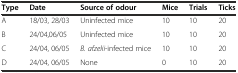
<table><thead><tr><td><b>Type</b></td><td><b>Date</b></td><td><b>Source of odour</b></td><td><b>Mice</b></td><td><b>Trials</b></td><td><b>Ticks</b></td></tr></thead><tbody><tr><td>A</td><td>18/03, 28/03</td><td>Uninfected mice</td><td>10</td><td>10</td><td>20</td></tr><tr><td>B</td><td>24/04,06/05</td><td>Uninfected mice</td><td>10</td><td>10</td><td>20</td></tr><tr><td>C</td><td>24/04, 06/05</td><td><i>B. afzelii</i>-infected mice</td><td>10</td><td>10</td><td>20</td></tr><tr><td>D</td><td>24/04, 06/05</td><td>None</td><td>0</td><td>10</td><td>20</td></tr></tbody></table>